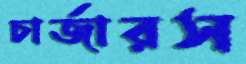
চার্জারস